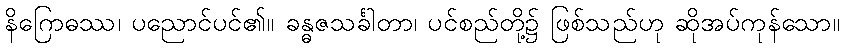
နိဂြောဓဿ၊ ပညောင်ပင်၏။ ခန္ဓဇသင်္ခါတာ၊ ပင်စည်တို့၌ ဖြစ်သည်ဟု ဆိုအပ်ကုန်သော။